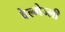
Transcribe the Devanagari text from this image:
वेल्मेज्ली